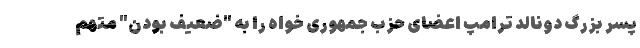
پسر بزرگ دونالد ترامپ اعضای حزب جمهوری خواه را به "ضعیف بودن" متهم